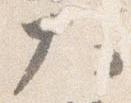
大